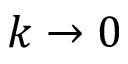
k \to 0